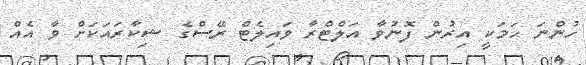
ހުންނަ ހަމަކީ އިރުން ފޮނުވާ އަލްޓްރާ ވައިލެޓް ރޭސްގެ ޝިކާރައަކަށް ވާ އެއް